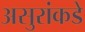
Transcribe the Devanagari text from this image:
असुरांकडे